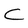
Character: C